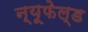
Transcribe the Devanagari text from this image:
न्यूफेल्ड